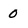
Character: O